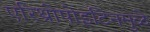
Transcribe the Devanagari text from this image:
एरिथ्रोपोइटिनमुळे